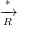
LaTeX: \xrightarrow [ { R } ] { * }